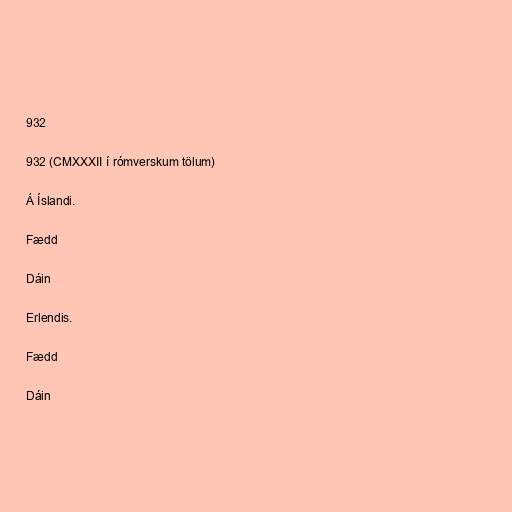
932

932 (CMXXXII í rómverskum tölum)

Á Íslandi.

Fædd

Dáin

Erlendis.

Fædd

Dáin